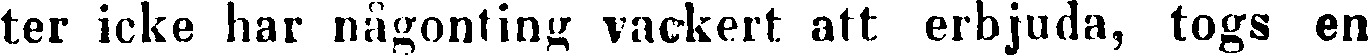
ter icke har någonting vackert att erbjuda, togs en